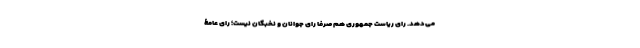
می‌دهد. رای ریاست جمهوری هم صرفا رای جوانان و نخبگان نیست؛ رای عامۀ